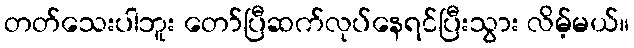
တတ်သေးပါဘူး တော်ပြီဆက်လုပ်နေရင်ပြီးသွား လိမ့်မယ်။